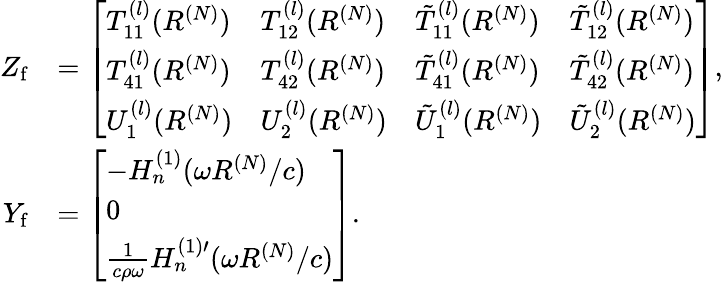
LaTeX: \begin{array}{rl}{Z_{\mathrm{f}}}&{=\left[\begin{array}{llll}{T_{11}^{(l)}(R^{(N)})}&{T_{12}^{(l)}(R^{(N)})}&{\tilde{T}_{11}^{(l)}(R^{(N)})}&{\tilde{T}_{12}^{(l)}(R^{(N)})}\\ {T_{41}^{(l)}(R^{(N)})}&{T_{42}^{(l)}(R^{(N)})}&{\tilde{T}_{41}^{(l)}(R^{(N)})}&{\tilde{T}_{42}^{(l)}(R^{(N)})}\\ {U_{1}^{(l)}(R^{(N)})}&{U_{2}^{(l)}(R^{(N)})}&{\tilde{U}_{1}^{(l)}(R^{(N)})}&{\tilde{U}_{2}^{(l)}(R^{(N)})}\end{array}\right],}\\ {Y_{\mathrm{f}}}&{=\left[\begin{array}{l}{-H_{n}^{(1)}(\omega R^{(N)}/c)}\\ {0}\\ {\frac{1}{c\rho\omega}H_{n}^{(1)\prime}(\omega R^{(N)}/c)}\end{array}\right].}\end{array}